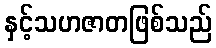
နှင့်သဟဇာတဖြစ်သည်